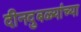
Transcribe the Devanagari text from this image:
दीनदुबळ्यांच्या